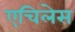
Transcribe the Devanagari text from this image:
एचिलेस